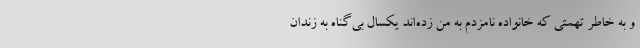
و به خاطر تهمتی که خانواده نامزدم به من زده‌اند یکسال بی‌گناه به زندان